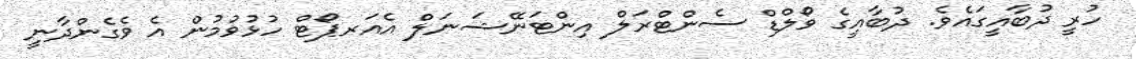
ހުރީ ދުބާއީގައެވެ. ދުބާއީގެ ވޯލްޑް ސެންޓްރަލް އިންޓަނޭޝަނަލް އެއަރޕޯޓް ހުޅުވުމުން އެ ވެގެންދާނީ